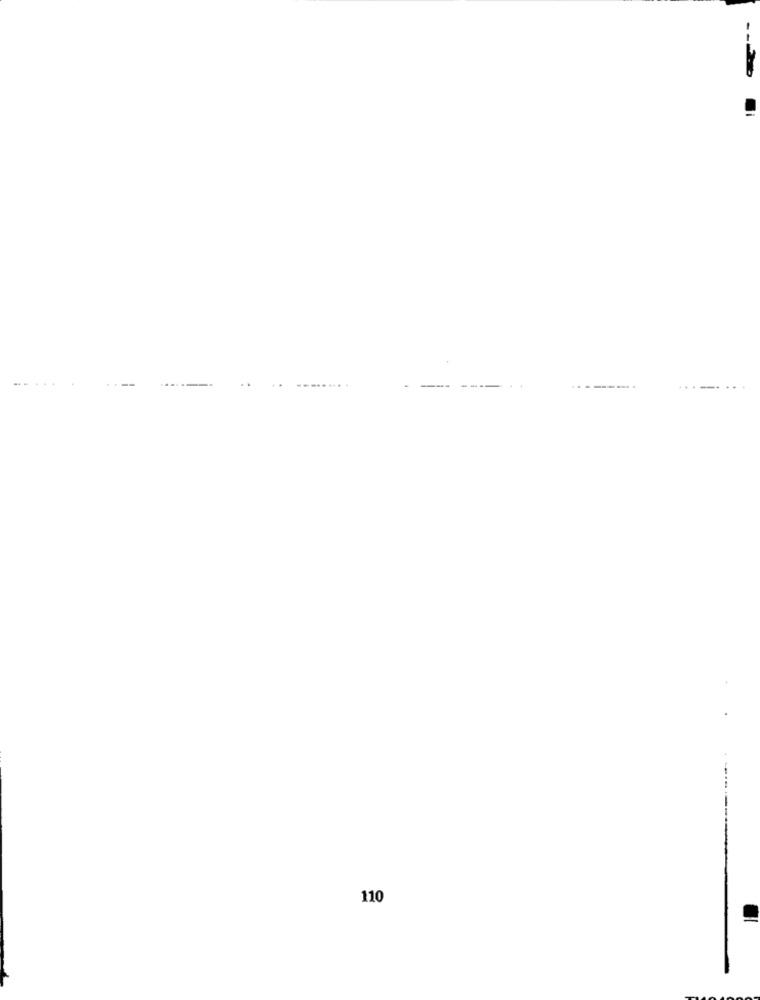
110